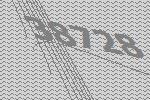
38728